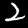
Label: 2